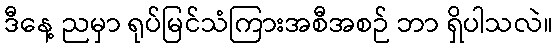
ဒီနေ့ ညမှာ ရုပ်မြင်သံကြားအစီအစဉ် ဘာ ရှိပါသလဲ။